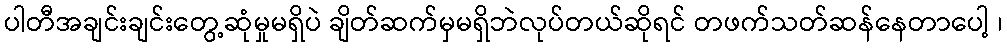
ပါတီအချင်းချင်းတွေ့ဆုံမှုမရှိပဲ ချိတ်ဆက်မှမရှိဘဲလုပ်တယ်ဆိုရင် တဖက်သတ်ဆန်နေတာပေါ့ ၊